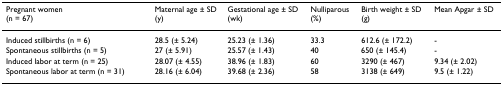
| Pregnant women (n = 67) | Maternal age ± SD (y) | Gestational age ± SD (wk) | Nulliparous (%) | Birth weight ± SD (g) | Mean Apgar ± SD |
 | --- | --- | --- | --- | --- | --- |
 | Induced stillbirths (n = 6) | 28.5 (± 5.24) | 25.23 (± 1.36) | 33.3 | 612.6 (± 172.2) | - |
 | Spontaneous stillbirths (n = 5) | 27 (± 5.91) | 25.57 (± 1.43) | 40 | 650 (± 145.4) | - |
 | Induced labor at term (n = 25) | 28.07 (± 4.55) | 38.96 (± 1.83) | 60 | 3290 (± 467) | 9.34 (± 2.02) |
 | Spontaneous labor at term (n = 31) | 28.16 (± 6.04) | 39.68 (± 2.36) | 58 | 3138 (± 649) | 9.5 (± 1.22) |